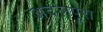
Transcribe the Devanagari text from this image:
अदलपुरा